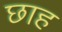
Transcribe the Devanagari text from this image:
छाह